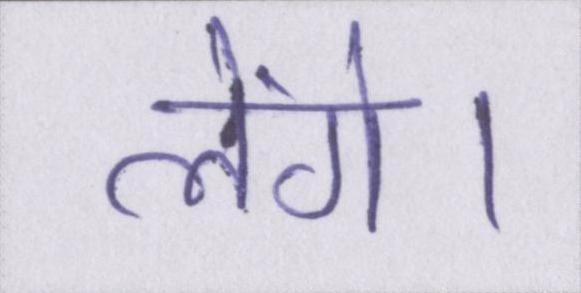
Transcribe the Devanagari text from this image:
लेंगे।